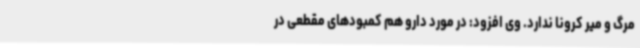
مرگ و میر کرونا ندارد. وی افزود: در مورد دارو هم کمبودهای مقطعی در